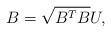
LaTeX: \begin{align*}B = \sqrt{B^TB}U,\end{align*}